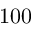
1 0 0